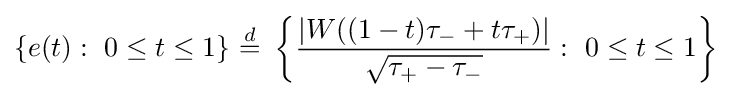
\{e(t):\ {0\leq t\leq 1}\}\ {\stackrel {d}{=}}\ \left\{{\frac {|W((1-t)\tau _{-}+t\tau _{+})|}{\sqrt {\tau _{+}-\tau _{-}}}}:\ 0\leq t\leq 1\right\}